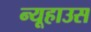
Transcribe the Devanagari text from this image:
न्यूहाउस